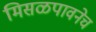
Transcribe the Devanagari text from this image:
मिसळपावनेच